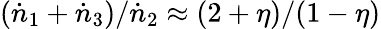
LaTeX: (\dot{n}_{1}+\dot{n}_{3})/\dot{n}_{2}\approx(2+\eta)/(1-\eta)